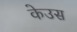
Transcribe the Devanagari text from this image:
केउस